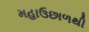
મહાઉછાળથી